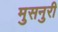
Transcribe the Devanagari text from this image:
मुसनुरी